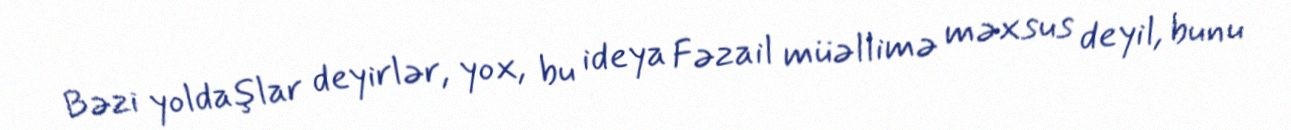
Bəzi yoldaşlar deyirlər, yox, bu ideya Fəzail müəllimə məxsus deyil, bunu